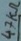
Text: 47KΩ